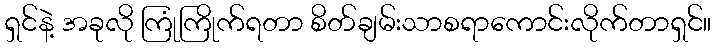
ရှင်နဲ့ အခုလို ကြုံကြိုက်ရတာ စိတ်ချမ်းသာစရာကောင်းလိုက်တာရှင်။